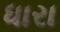
ધારા